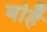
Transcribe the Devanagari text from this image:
बोहै